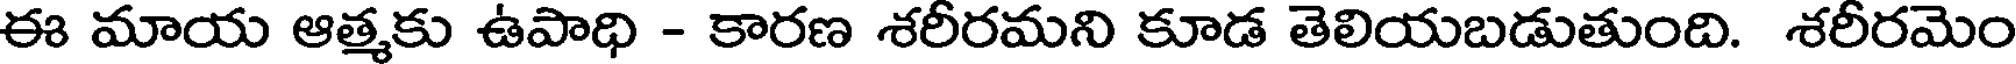
ఈ మాయ ఆత్మకు ఉపాధి - కారణ శరీరమని కూడ తెలియబడుతుంది. శరీరమెం